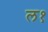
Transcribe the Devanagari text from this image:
ल१